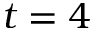
t = 4